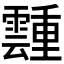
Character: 𬰎